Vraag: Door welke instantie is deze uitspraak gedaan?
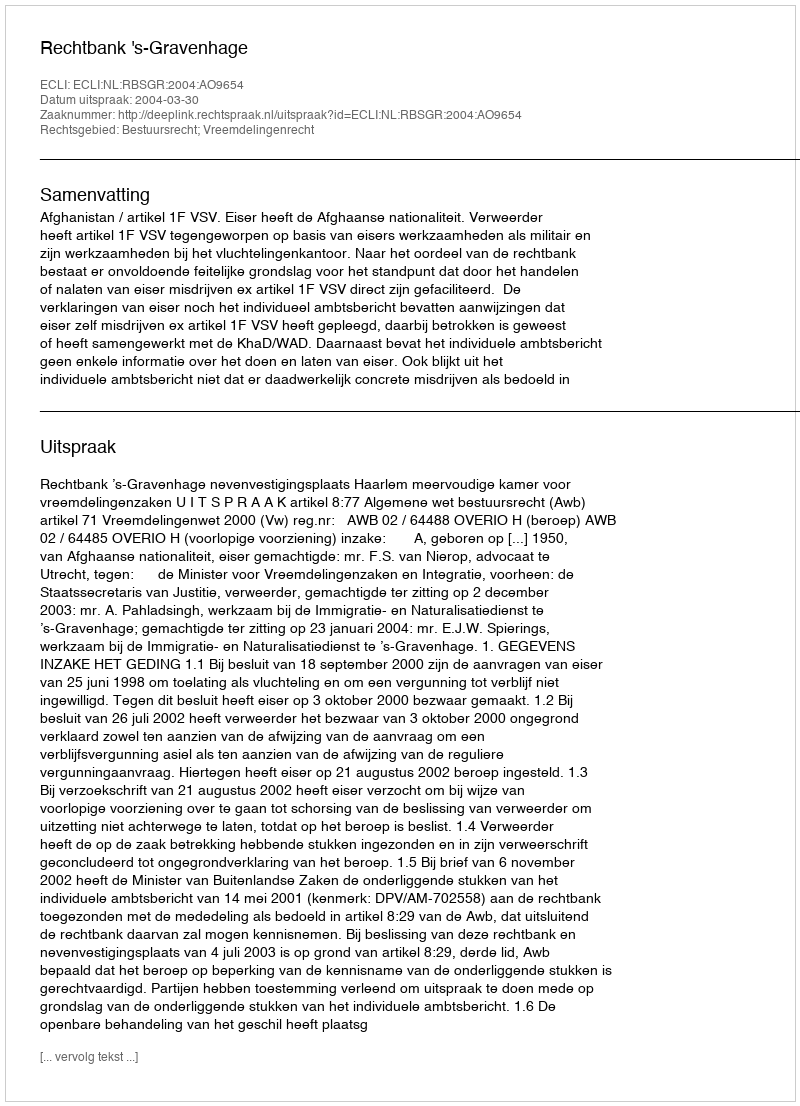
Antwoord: Rechtbank 's-Gravenhage